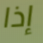
إذا